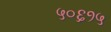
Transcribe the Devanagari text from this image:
५०६१५